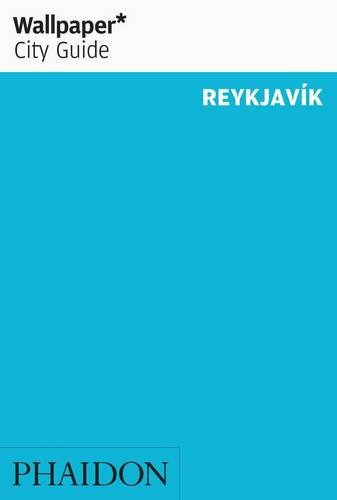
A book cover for Wallpaper City Guide: Reykjavik (Wallpaper City Guides); Editors of Wallpaper Magazine; Travel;